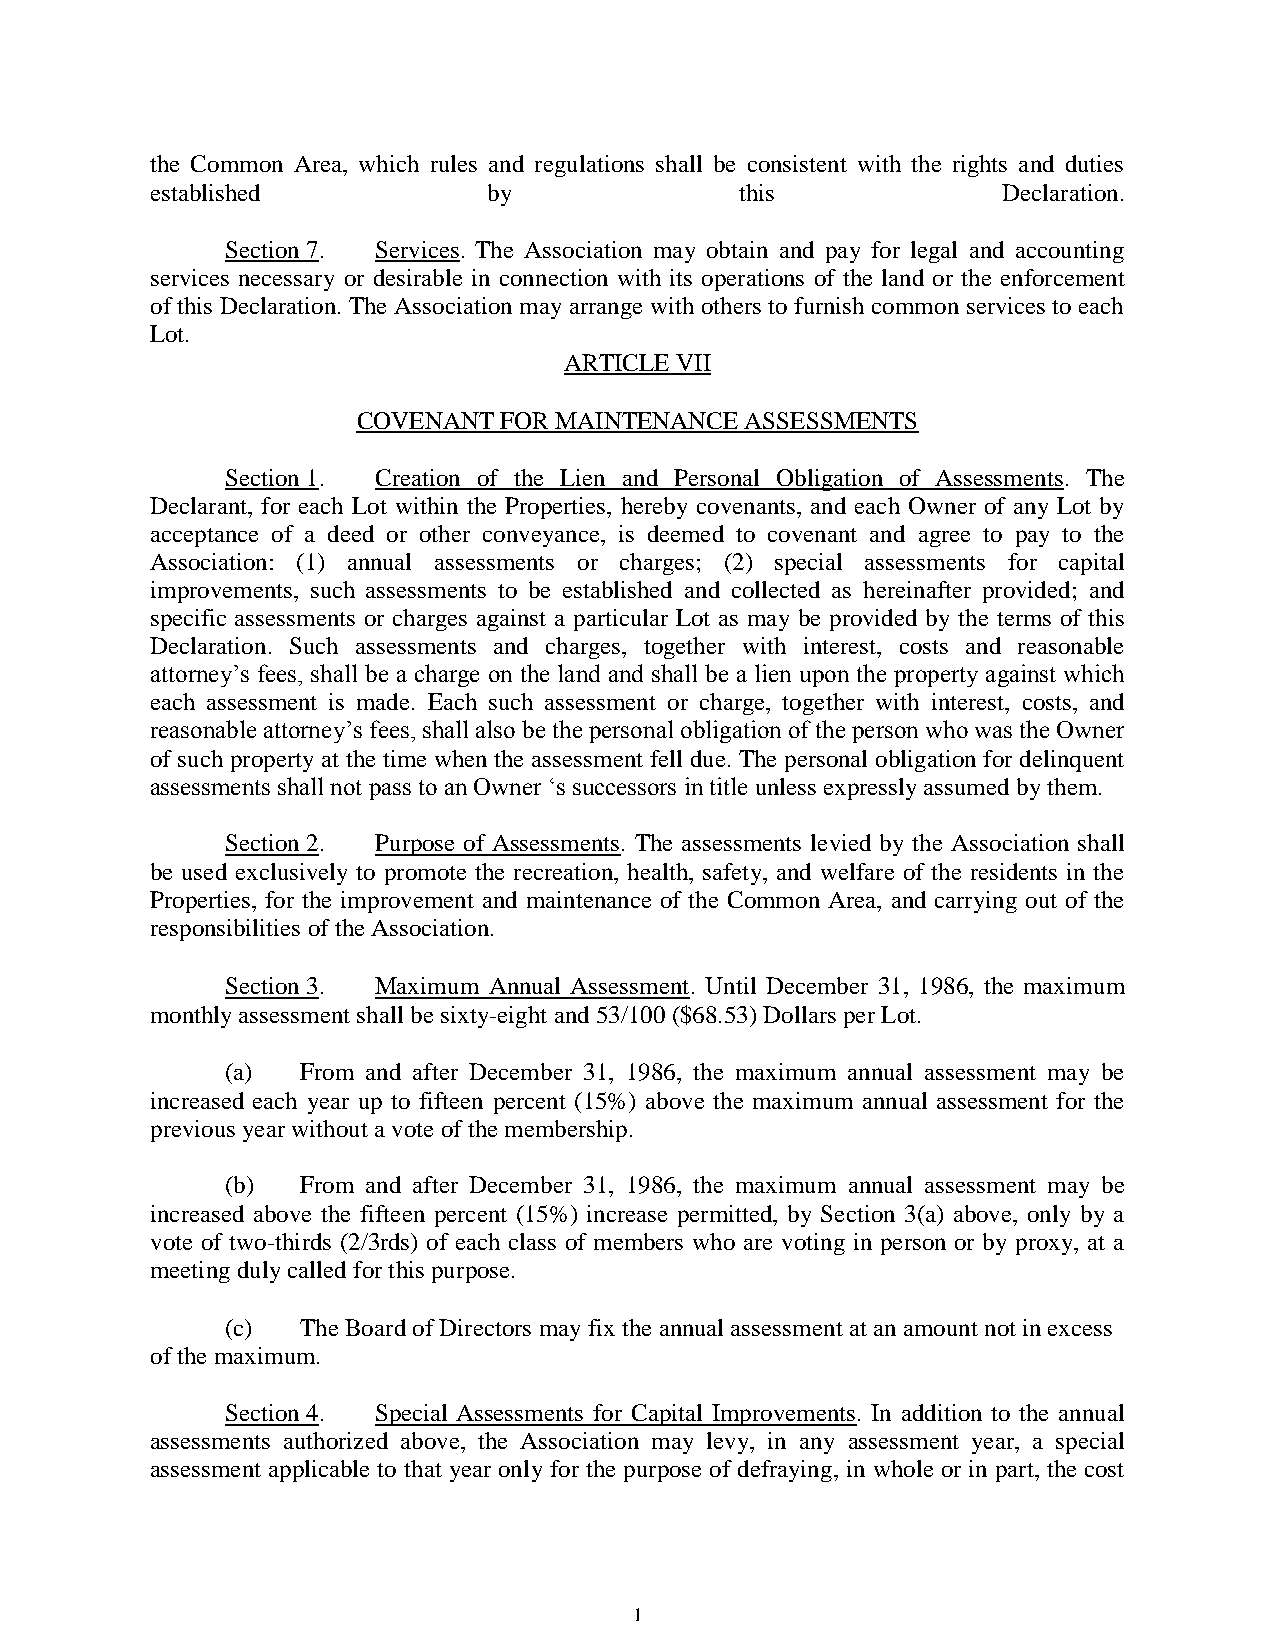
the Common Area, which rules and regulations shall be consistent with the rights and duties
 established           by               this             Declaration.
 Section 7. Services. The Association may obtain and pay for legal and accounting
 services necessary or desirable in connection with its operations of the land or the enforcement
 of this Declaration. The Association may arrange with others to furnish common services to each
 Lot.
 ARTICLE VII
 COVENANT FOR MAINTENANCE ASSESSMENTS
 Section 1. Creation of the Lien and Personal Obligation of Assessments. The
 Declarant, for each Lot within the Properties, hereby covenants, and each Owner of any Lot by
 acceptance of a deed or other conveyance, is deemed to covenant and agree to pay to the
 Association: (1) annual assessments or charges; (2) special assessments for capital
 improvements, such assessments to be established and collected as hereinafter provided; and
 specific assessments or charges against a particular Lot as may be provided by the terms of this
 Declaration. Such assessments and charges, together with interest, costs and reasonable
 attorney’s fees, shall be a charge on the land and shall be a lien upon the property against which
 each assessment is made. Each such assessment or charge, together with interest, costs, and
 reasonable attorney’s fees, shall also be the personal obligation of the person who was the Owner
 of such property at the time when the assessment fell due. The personal obligation for delinquent
 assessments shall not pass to an Owner ‘s successors in title unless expressly assumed by them.
 Section 2. Purpose of Assessments. The assessments levied by the Association shall
 be used exclusively to promote the recreation, health, safety, and welfare of the residents in the
 Properties, for the improvement and maintenance of the Common Area, and carrying out of the
 responsibilities of the Association.
 Section 3. Maximum Annual Assessment. Until December 31, 1986, the maximum
 monthly assessment shall be sixty-eight and 53/100 ($68.53) Dollars per Lot.
 (a)  From and after December 31, 1986, the maximum annual assessment may be
 increased each year up to fifteen percent (15%) above the maximum annual assessment for the
 previous year without a vote of the membership.
 (b)  From and after December 31, 1986, the maximum annual assessment may be
 increased above the fifteen percent (15%) increase permitted, by Section 3(a) above, only by a
 vote of two-thirds (2/3rds) of each class of members who are voting in person or by proxy, at a
 meeting duly called for this purpose.
 (c)  The Board of Directors may fix the annual assessment at an amount not in excess
 of the maximum.
 Section 4. Special Assessments for Capital Improvements. In addition to the annual
 assessments authorized above, the Association may levy, in any assessment year, a special
 assessment applicable to that year only for the purpose of defraying, in whole or in part, the cost
 1